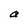
Character: a